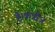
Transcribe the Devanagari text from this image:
है।कन्नौज